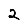
Digit: 2